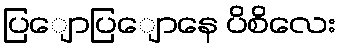
ပြျောပြျောနေ ပိစိလေး